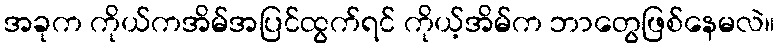
အခုက ကိုယ်ကအိမ်အပြင်ထွက်ရင် ကိုယ့်အိမ်က ဘာတွေဖြစ်နေမလဲ။